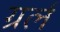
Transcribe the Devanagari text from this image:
ग्रर्ल